Tartu_linnavalitsus, lk 48
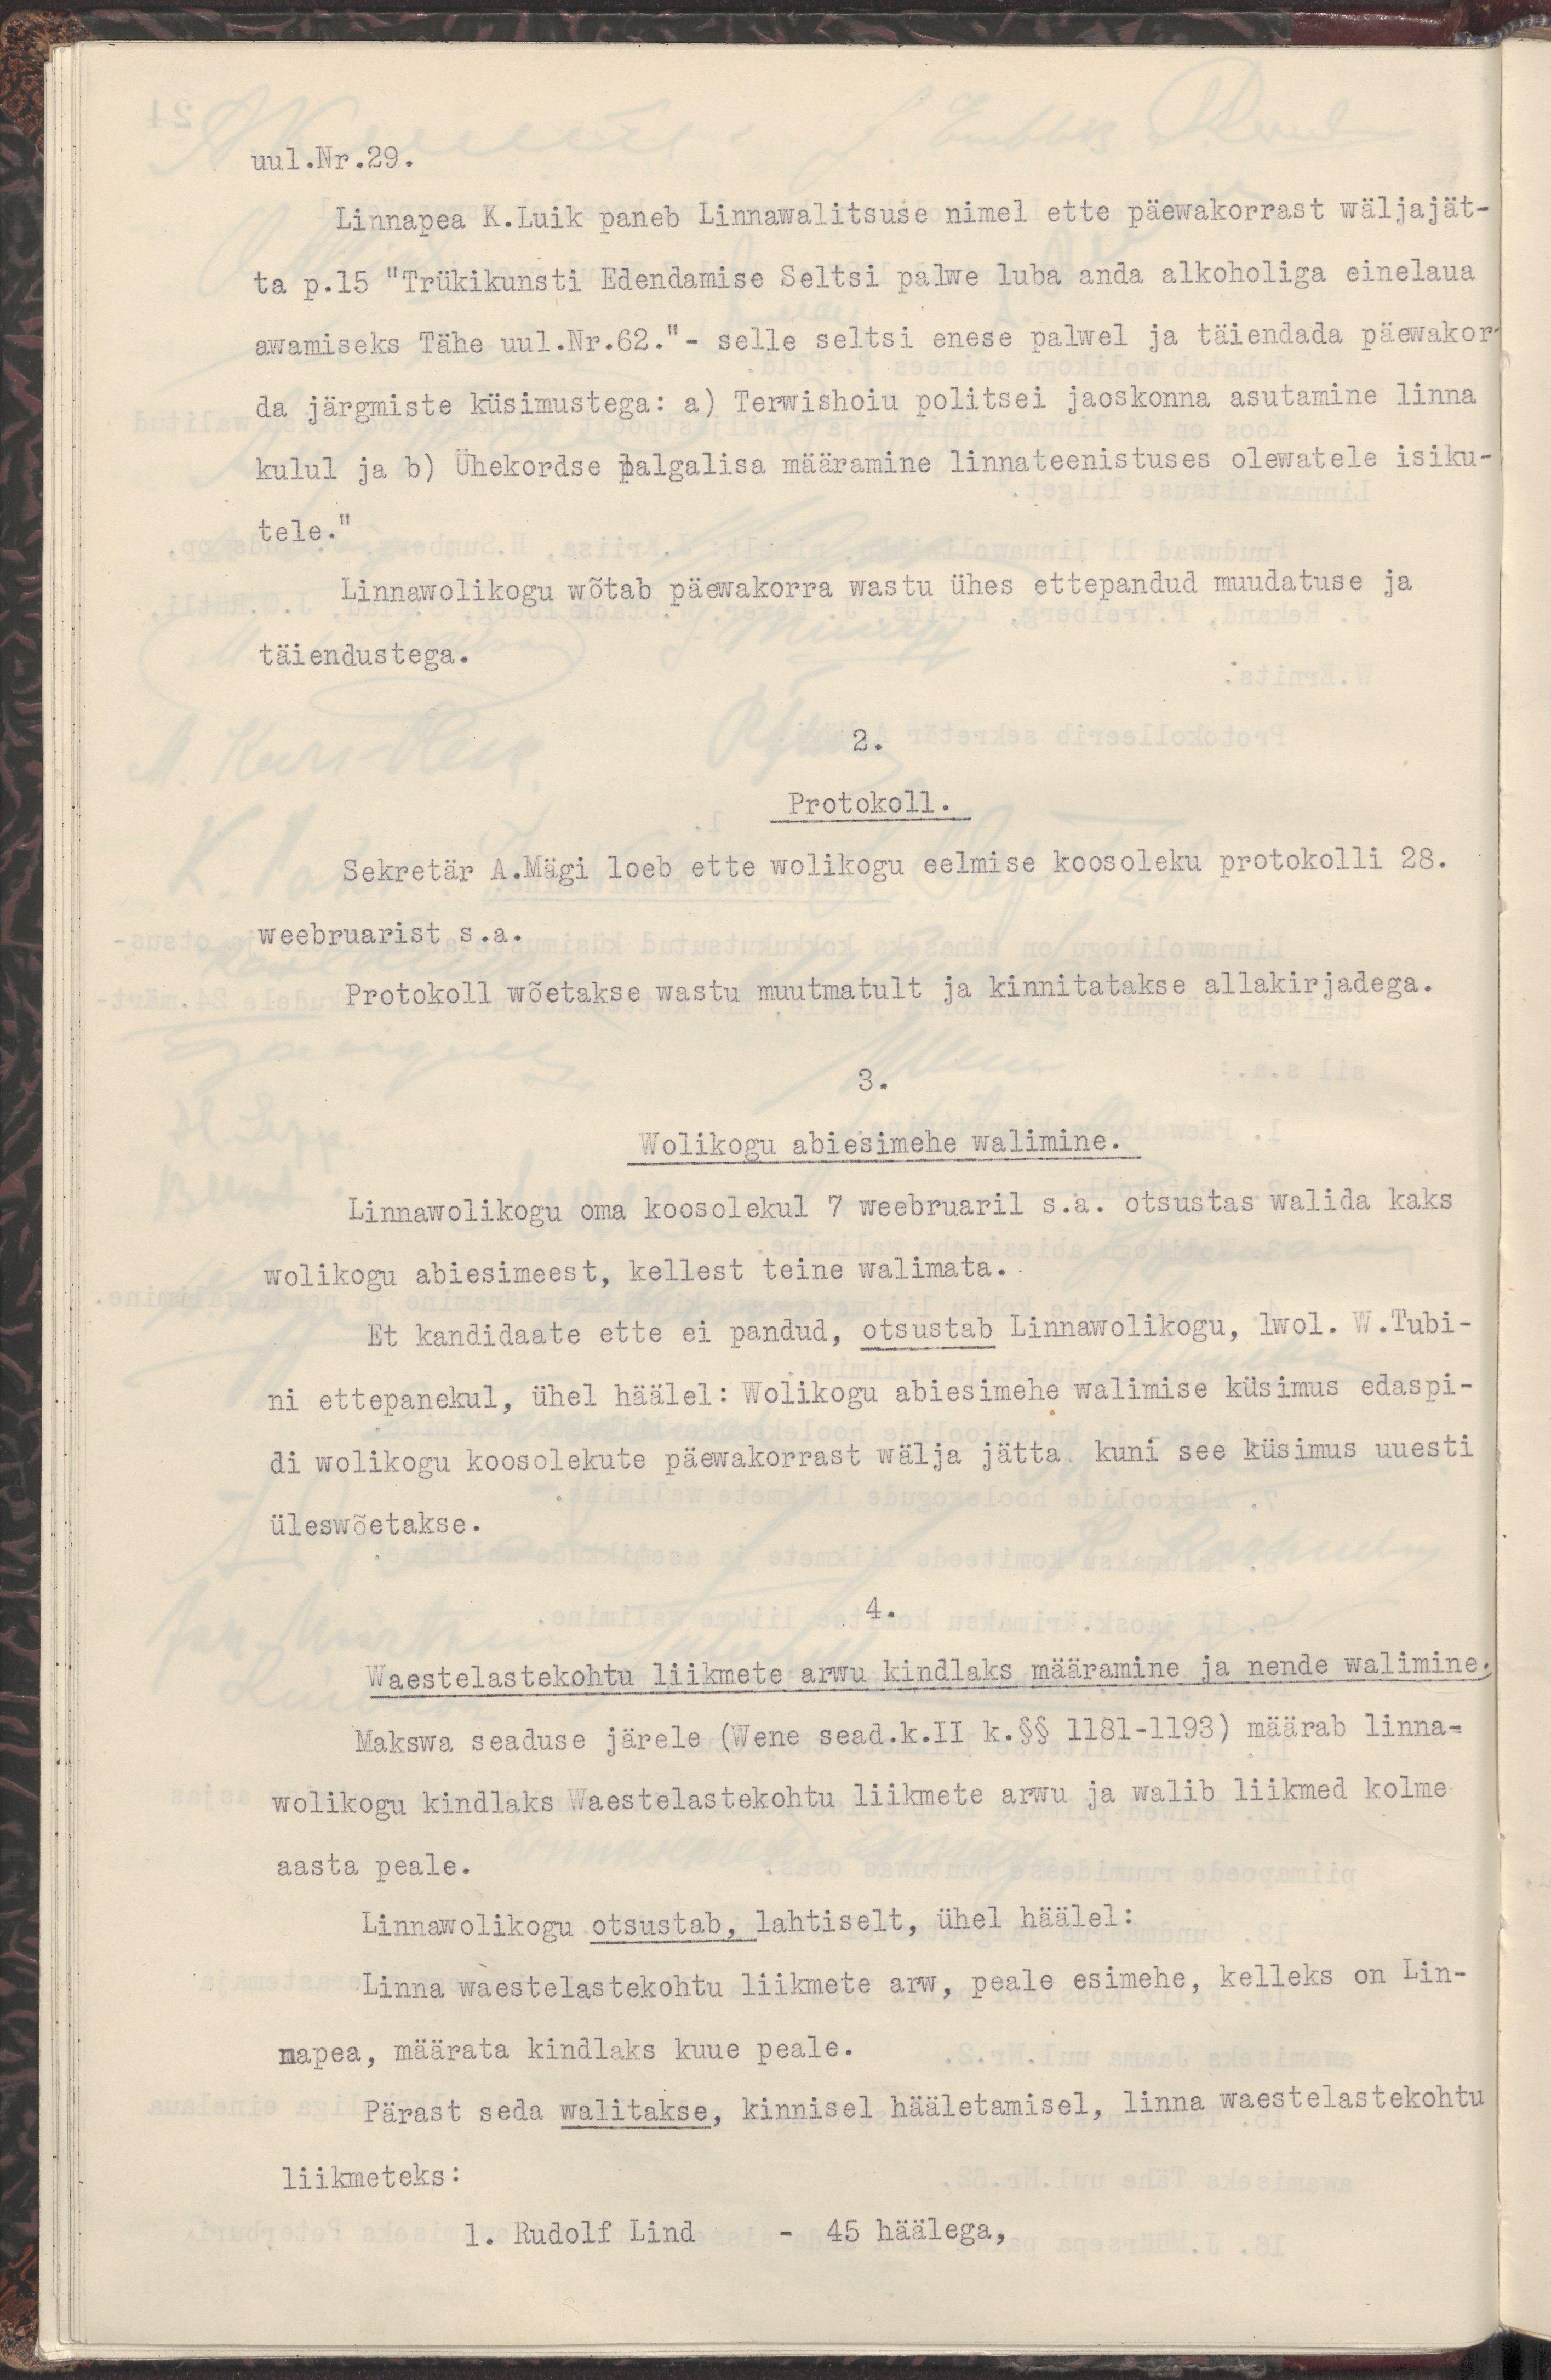
uul.Nr.29.
Linnapea K.Luik paneb Linnawalitsuse nimel ette päewakorrast wäljajät-
ta p.15 "Trükikunsti Edendamise Seltsi palwe luba anda alkoholiga einelaua
awamiseks Tähe uul. Nr. 62." - selle seltsi enese palwel ja täiendada päewakor-
da järgmiste küsimustega: a) Terwishoiu politsei jaoskonna asutamine linna
kulul ja b) Ühekordse palgalisa määramine linnateenistuses olewatele isiku-
tele."
Linnawolikogu wõtab päewakorra wastu ühes ettepandud muudatuse ja
täiendustega.
2.
Protokoll.
Sekretär A.Mägi loeb ette wolikogu eelmise koosoleku protokolli 28.
weebruarist s.a.
Protokoll wõetakse wastu muutmatult ja kinnitatakse allakirjadega.
3.
Wolikogu abiesimehe walimine.
Linnawolikogu oma koosolekul 7 weebruaril s.a. otsustas walida kaks
wolikogu abiesimeest, kellest teine walimata.
Et kandidaate ette ei pandud, otsustab Linnawolikogu, lwol. W. Tubi-
ni ettepanekul, ühel häälel: Wolikogu abiesimehe walimise küsimus edaspi-
di wolikogu koosolekute päewakorrast wälja jätta kuni see küsimus uuesti
üleswõetakse.
4.
Waestelastekohtu liikmete arwu kindlaks määramine ja nende walimine.
Makswa seaduse järele ( Wene sead.k.II k.§§ 1181-1193) määrab linna-
wolikogu kindlaks Waestelastekohtu liikmete arwu ja walib liikmed kolme
aasta peale.
Linnawolikogu otsustab, lahtiselt, ühel häälel:
Linna waestelastekohtu liikmete arw, peale esimehe, kelleks on Lin-
napea, määrata kindlaks kuue peale.
Pärast seda walitakse, kinnisel hääletamisel, linna waestelastekohtu
liikmeteks:
1. Rudolf Lind - 45 häälega,